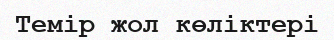
Темір жол көліктері